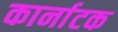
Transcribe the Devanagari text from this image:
कार्नाटक